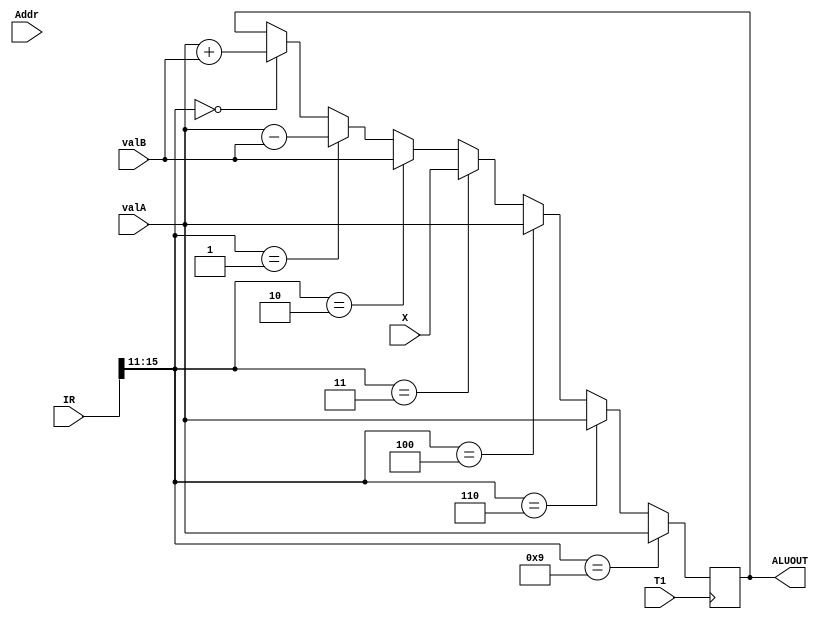
`timescale 1ns / 1ps
//////////////////////////////////////////////////////////////////////////////////
// Company: 
// Engineer: 
// 
// Design Name: 
// Module Name: Execute
// Project Name: 
// Target Devices: 
// Tool Versions: 
// Description: 
// 
// Dependencies: 
// 
// Revision:
// Revision 0.01 - File Created
// Additional Comments:
// 
//////////////////////////////////////////////////////////////////////////////////


module Execute(
    input T1,
    input wire [7:0] valA,
    input wire [7:0] valB,
    input wire [7:0] X,
    input wire [15:0] Addr,
    input wire [15:0] IR,
    output reg [7:0] ALUOUT
    );
    reg [4:0] operator;
    always @(posedge T1)
    begin
        operator[4:0] = IR[15:11];
        if(operator == 5'b00000)//ADD
        begin
            ALUOUT = valA + valB;
        end
        if(operator == 5'b00001)//SUB
        begin
            ALUOUT = valA - valB;
        end
        if(operator == 5'b00010)// MOV
        begin
            ALUOUT = valB;
        end
        if(operator == 5'b00011)//MVI
        begin
            ALUOUT = X;
        end
        if(operator == 5'b00100)//STA
        begin
            ALUOUT = valA;
        end
        if(operator == 5'b00101)//LDA
        begin
            
        end
        if(operator == 5'b00110)//JZ
        begin
            ALUOUT = valA;
        end

        if(operator == 5'b00111)//JMP
        begin
            
        end

        if(operator == 5'b01000)//IN
        begin

        end
        if(operator == 5'b01001)//OUT
        begin
            ALUOUT = valA;
        end
    end
    
endmodule